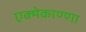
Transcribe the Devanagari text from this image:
एक्मेकाण्णा